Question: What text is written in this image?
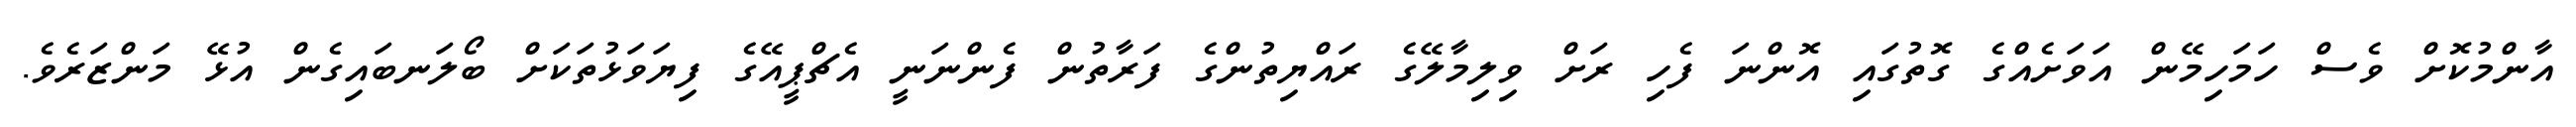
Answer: އާންމުކޮށް ވެސް ހަމަހިމޭން އަވަށެއްގެ ގޮތުގައި އޮންނަ ފެހި ރަށް ވިލިމާލޭގެ ރައްޔިތުންގެ ފަރާތުން ފެންނަނީ އެޗްޕީއޭގެ ފިޔަވަޅުތަކަށް ބޯލަނބައިގެން އުޅޭ މަންޒަރެވެ.